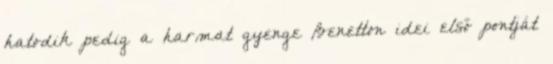
hatodik pedig a harmat gyenge Benetton idei első pontját